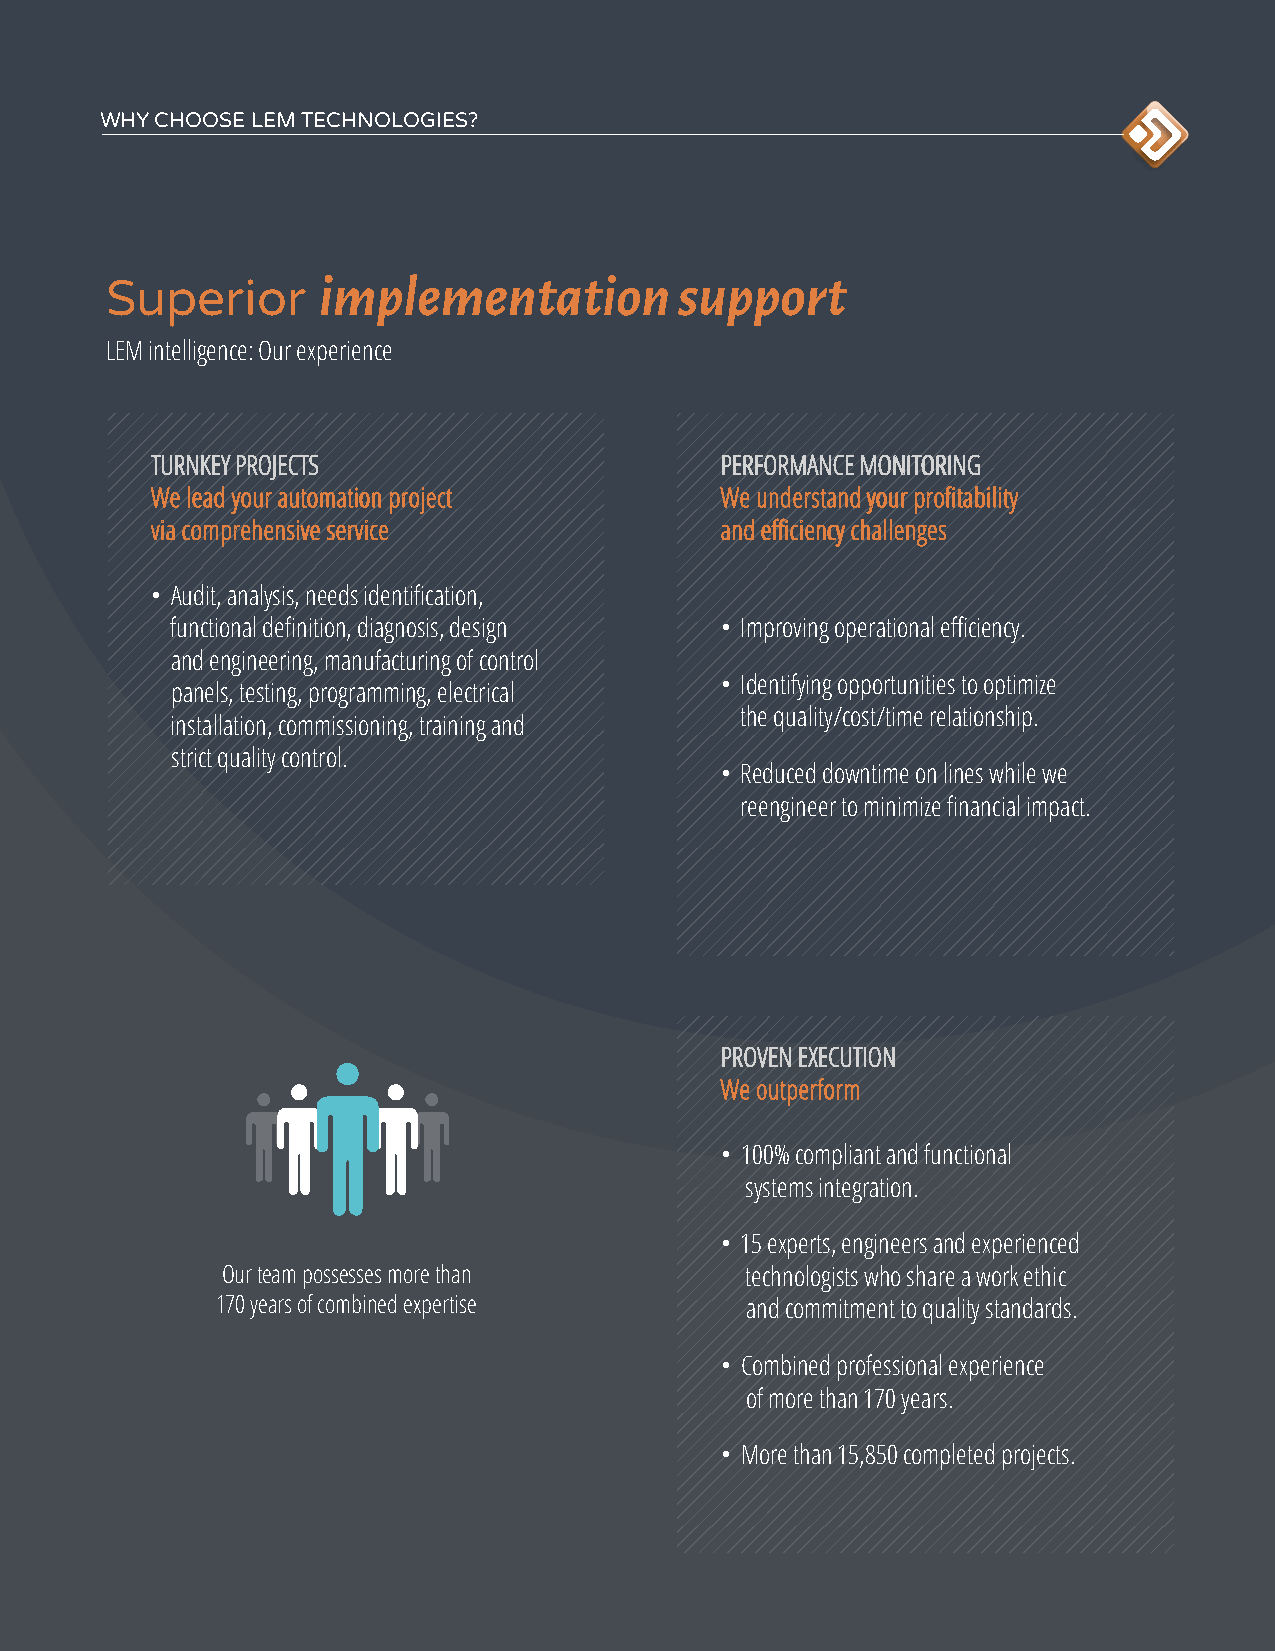
WHY CHOOSE LEM TECHNOLOGIES?
 implementation          support
 Superior
 LEM intelligence: Our experience
 TURNKEY PROJECTS                      PERFORMANCE MONITORING
 We lead your automation project       We understand your profitability
 via comprehensive service             and efficiency challenges
 • Audit, analysis, needs identification,
 functional definition, diagnosis, design • Improving operational efficiency.
 and engineering, manufacturing of control
 • Identifying opportunities to optimize
 panels, testing, programming, electrical
 the quality/cost/time relationship.
 installation, commissioning, training and
 strict quality control.
 • Reduced downtime on lines while we
 reengineer to minimize financial impact.
 PROVEN EXECUTION
 We outperform
 • 100% compliant and functional
 systems integration.
 • 15 experts, engineers and experienced
 Our team possesses more than      technologists who share a work ethic
 170 years of combined expertise    and commitment to quality standards.
 • Combined professional experience
 of more than 170 years.
 • More than 15,850 completed projects.